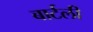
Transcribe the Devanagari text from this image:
बार्टली